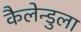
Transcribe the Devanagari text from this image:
कैलेन्डुला